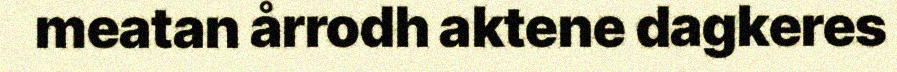
meatan årrodh aktene dagkeres